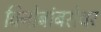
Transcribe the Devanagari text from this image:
विनोबांबरोबर